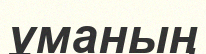
ұманың